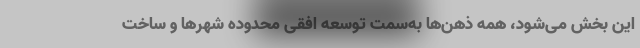
این بخش می‌شود، همه ذهن‌ها به‌سمت توسعه افقی محدوده شهرها و ساخت